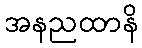
အနညထာနိ